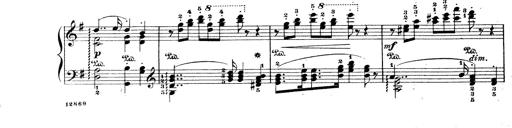
Title: Wagner-Liszt Album
Composer: Franz Liszt